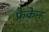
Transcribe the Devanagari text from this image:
फ्रैंकेन